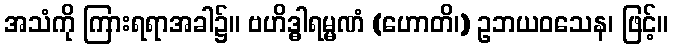
အသံကို ကြားရရာအခါ၌။ ဗဟိဒ္ဓါရမ္မဏံ (ဟောတိ၊) ဥဘယဝသေန၊ ဖြင့်။